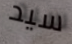
سيد